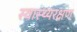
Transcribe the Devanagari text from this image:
स्वास्थ्यरक्षण